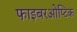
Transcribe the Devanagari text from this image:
फाइबरओप्टिक